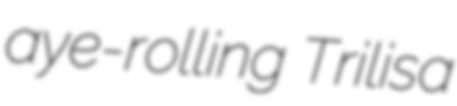
aye-rolling Trilisa